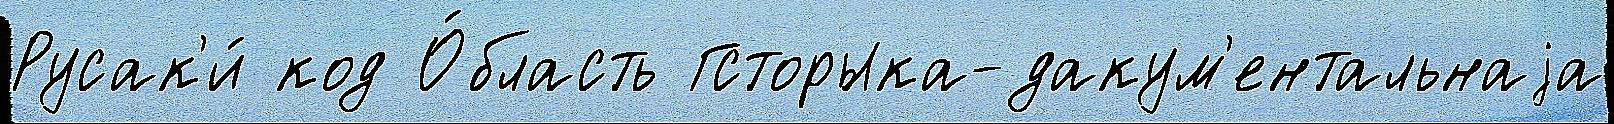
Русак'и́ код О́бласть Гсторыка-дакум'ентальнаjа